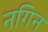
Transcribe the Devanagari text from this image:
नगिन